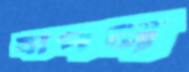
যাপন